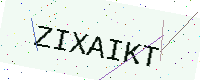
Text: ZIXAIKT